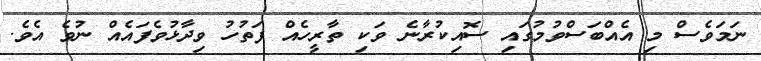
ނަމަވެސް މި އެއްބަސްވުމުގައި ސޮއިކުރާނެ ވަކި ތާރީހެއް ފަތުހު ވިދާޅުވެފައެއް ނުވެ އެވެ.